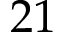
2 1